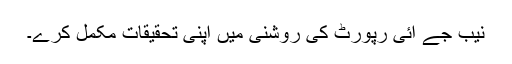
نیب جے آئی رپورٹ کی روشنی میں اپنی تحقیقات مکمل کرے۔